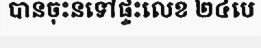
បានចុះនទៅផ្ទះលេខ ២៤បេ